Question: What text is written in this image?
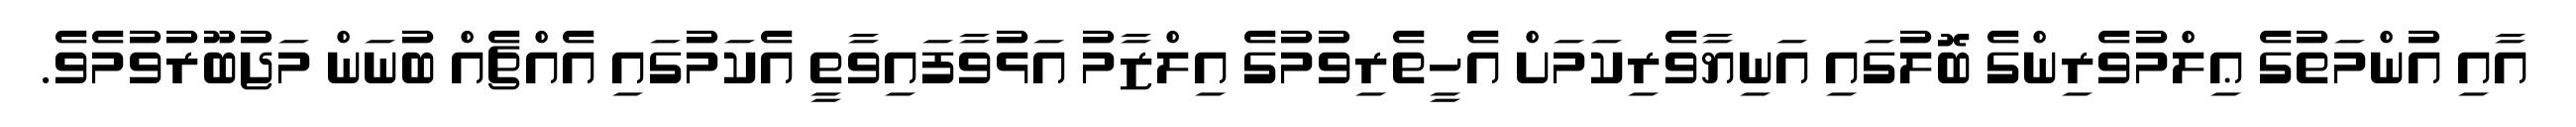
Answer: އާއި އުންމަތުގެ ޢިލްމުވެރިންގެ ބޮލުގައި އަނިޔާވެރިކަމަށް އެހީތެރިވުމުގެ އިލްޒާމު އަޅުވާފައިވާތީ އެކަމުގައި އެއްޗެއް ބުނަން މަޖުބޫރުވުމެވެ.